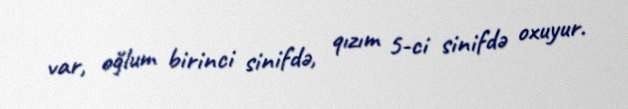
var, oğlum birinci sinifdə, qızım 5-ci sinifdə oxuyur.